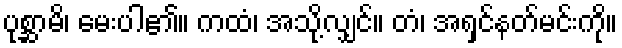
ပုစ္ဆာမိ၊ မေးပါ၏။ ကထံ၊ အသို့လျှင်။ တံ၊ အရှင်နတ်မင်းကို။